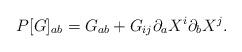
LaTeX: \begin{align*}P[G]_{ab}=G_{ab}+G_{ij}\partial_{a}X^{i}\partial_{b}X^{j}. \end{align*}